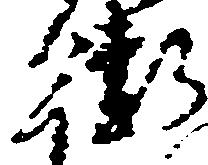
衛